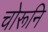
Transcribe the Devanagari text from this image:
चोरूनि